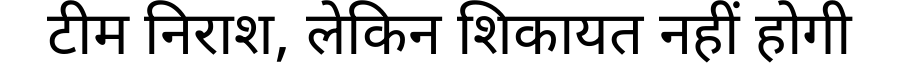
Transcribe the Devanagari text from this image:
टीम निराश, लेकिन शिकायत नहीं होगी